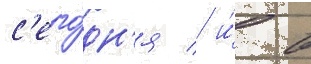
с'его́дн'я / и́ в